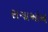
સગાઓએ